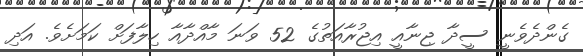
ގެންދެވެނީ ސީދާ ޖިނާއީ އިޖުރާއަތުގެ 52 ވަނަ މާއްދާއާ ހިލާފަށް ކަމަށެވެ. އަދި